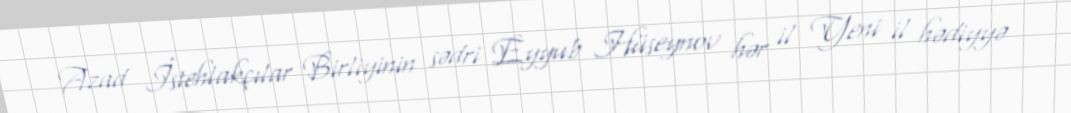
Azad İstehlakçılar Birliyinin sədri Eyyub Hüseynov hər il Yeni il hədiyyə